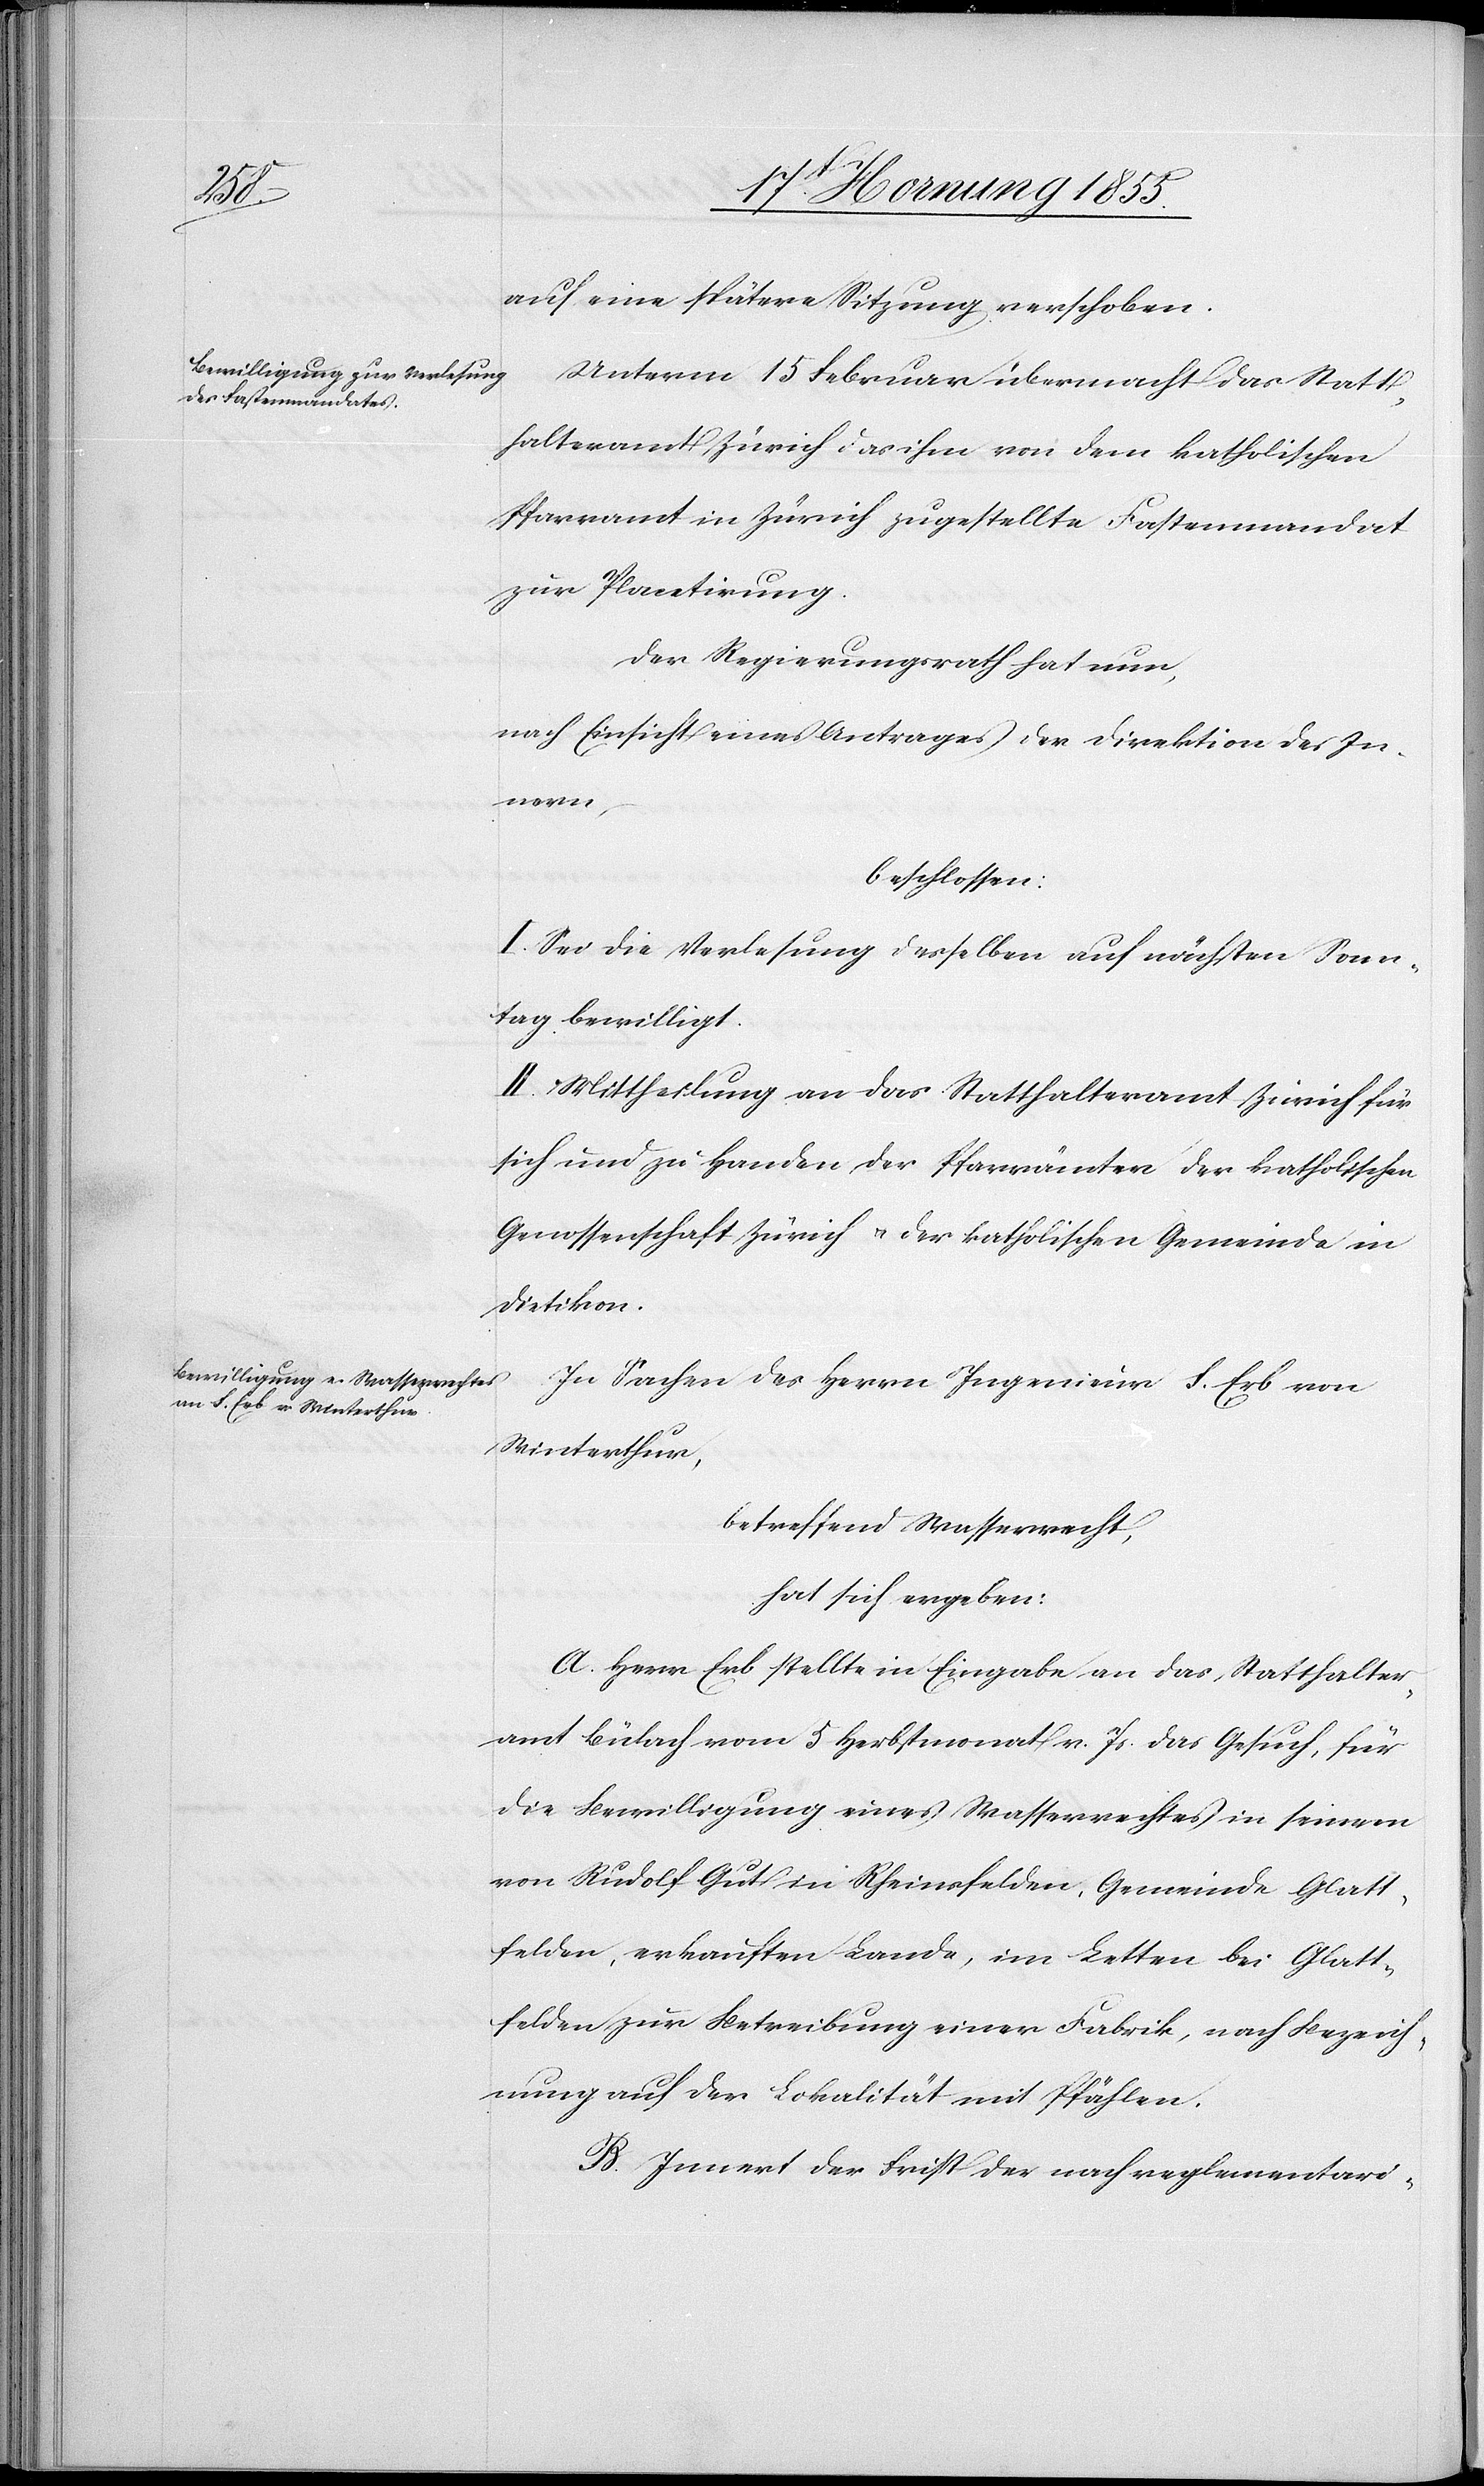
auf eine spätere Sitzung verschoben.
Unterm 15 Februar übermacht das Statt¬
halteramt Zürich das ihm von dem katholischen
Pfarramt in Zürich zugestellte Fastenmandat
zur Plantirung.
Der Regierungsrath hat nun,
nach Einsicht eines Antrages der Direktion des In¬
nern,
beschlossen:
I. Sei die Verlesung desselben auf nächsten Sonn¬
tag bewilligt.
II. Mittheilung an das Statthalteramt Zürich für
sich und zu Handen der Pfarrämter der katholischen
Genossenschaft Zürich & der katholischen Gemeinde in
Dietikon.
In Sachen des Herrn Ingenieur S. Erb von
Winterthur,
betreffend Wasserrecht,
hat sich ergeben:
A. Herr Erb stellte in Eingabe an das Statthalter¬
amt Bülach vom 5 Herbstmonat v. Js. das Gesuch, für
die Bewilligung eines Wasserrechtes in seinem
von Rudolf Gut in Rheinfelden, Gemeinde Glatt¬
felden, erkauften Lande, im Letten bei Glatt¬
felden zur Betreibung einer Fabrik, nach Bezeich¬
nung auf der Lokalität mit Pfählen.
B. Innert der Frist der nach reglementari-